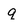
Character: g